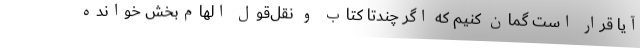
آیا قرار است گمان کنیم که اگر چندتا کتاب و نقل‌قول الهام‌بخش خوانده